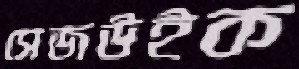
সেজউইক